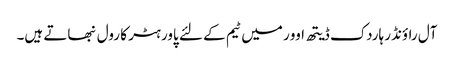
آل راؤنڈر ہاردک ڈیتھ اوور میں ٹیم کے لئے پاور ہٹر کا رول نبھاتے ہیں۔